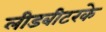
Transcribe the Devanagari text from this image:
लीडबीटरके